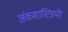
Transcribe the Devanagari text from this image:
अंकशास्त्रियों